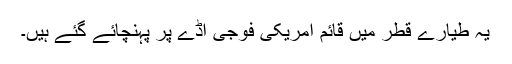
یہ طیارے قطر میں قائم امریکی فوجی اڈے پر پہنچائے گئے ہیں۔